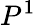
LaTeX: P^{1}